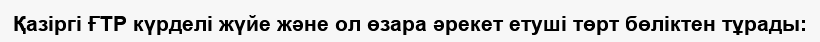
Қазіргі ҒТР күрделі жүйе және ол өзара әрекет етуші төрт бөліктен тұрады: